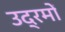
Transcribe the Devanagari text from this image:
उद्रमों